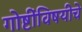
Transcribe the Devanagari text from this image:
गोष्टींविषयीचे